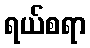
ရယ်စရာ